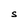
Character: S